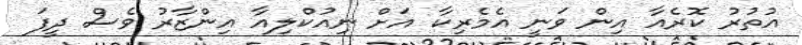
އުތުރު ކޮރެއާ އިން ވަނީ އެމެރިކާ އަށް ނިއުކްލިއާ އިންޒާރު ވެސް ދީފަ